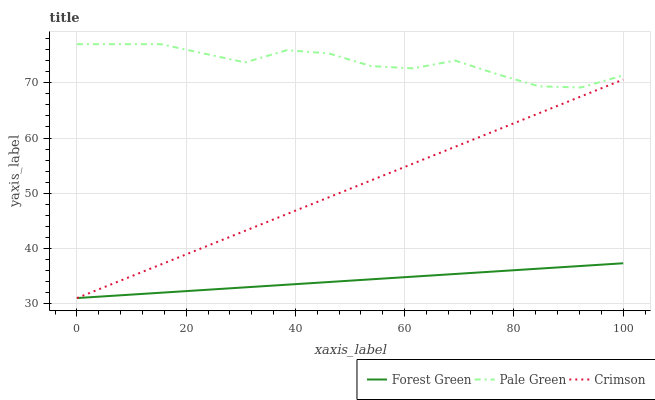
| xaxis_label | Forest Green | Pale Green | Crimson |
 | --- | --- | --- | --- |
 | 0 | 31 | 77 | 31 |
 | 7.69 | 31.5 | 77 | 34 |
 | 15.4 | 32 | 77 | 37.1 |
 | 23.1 | 32.5 | 75.4 | 40.1 |
 | 30.8 | 32.9 | 73.7 | 43.2 |
 | 38.5 | 33.4 | 75.9 | 46.2 |
 | 46.2 | 33.9 | 75.3 | 49.3 |
 | 53.8 | 34.4 | 73 | 52.3 |
 | 61.5 | 34.9 | 72.6 | 55.4 |
 | 69.2 | 35.4 | 74 | 58.4 |
 | 76.9 | 35.8 | 71.6 | 61.5 |
 | 84.6 | 36.3 | 69.4 | 64.5 |
 | 92.3 | 36.8 | 69.2 | 67.5 |
 | 100 | 37.3 | 71.3 | 70.6 |